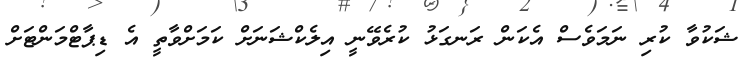
ޝަކުވާ ކުރި ނަމަވެސް އެކަން ރަނގަޅު ކުރެވޭނީ އިލެކްޝަނަށް ކަމަށްވާތީ އެ ޑިޕާޓްމަންޓަށް